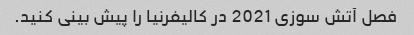
فصل آتش سوزی 2021 در کالیفرنیا را پیش بینی کنید.